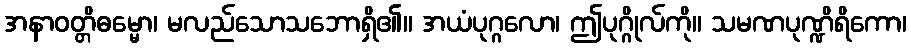
အနာဝတ္တိဓမ္မော၊ မလည်သောသဘောရှိ၏။ အယံပုဂ္ဂလော၊ ဤပုဂ္ဂိုလ်ကို။ သမဏပုဏ္ဍိရိကော၊